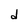
Character: d